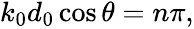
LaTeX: \begin{array}{r}{k_{0}d_{0}\cos\theta=n\pi,}\end{array}